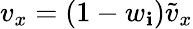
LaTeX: v_{x}=(1-w_{\mathbf{i}})\tilde{{v}}_{x}